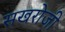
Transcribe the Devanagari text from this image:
सखरोजी